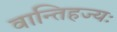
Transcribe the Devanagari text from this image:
वान्तिहज्यः